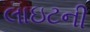
લાઇટની